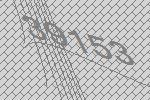
39153